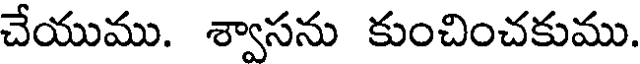
చేయుము. శ్వాసను కుంచించకుము.